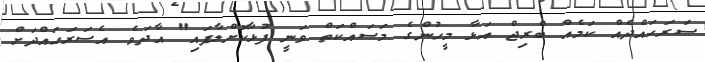
ސަރަހައްދެއް ކަމެއް ބްރިޖް އަޅާ މީހުންގެ މަސައްކަތް ވަނީ ފުޅާކޮށްލާފައި" އާދަވެ އެސަރަހައްދަށް